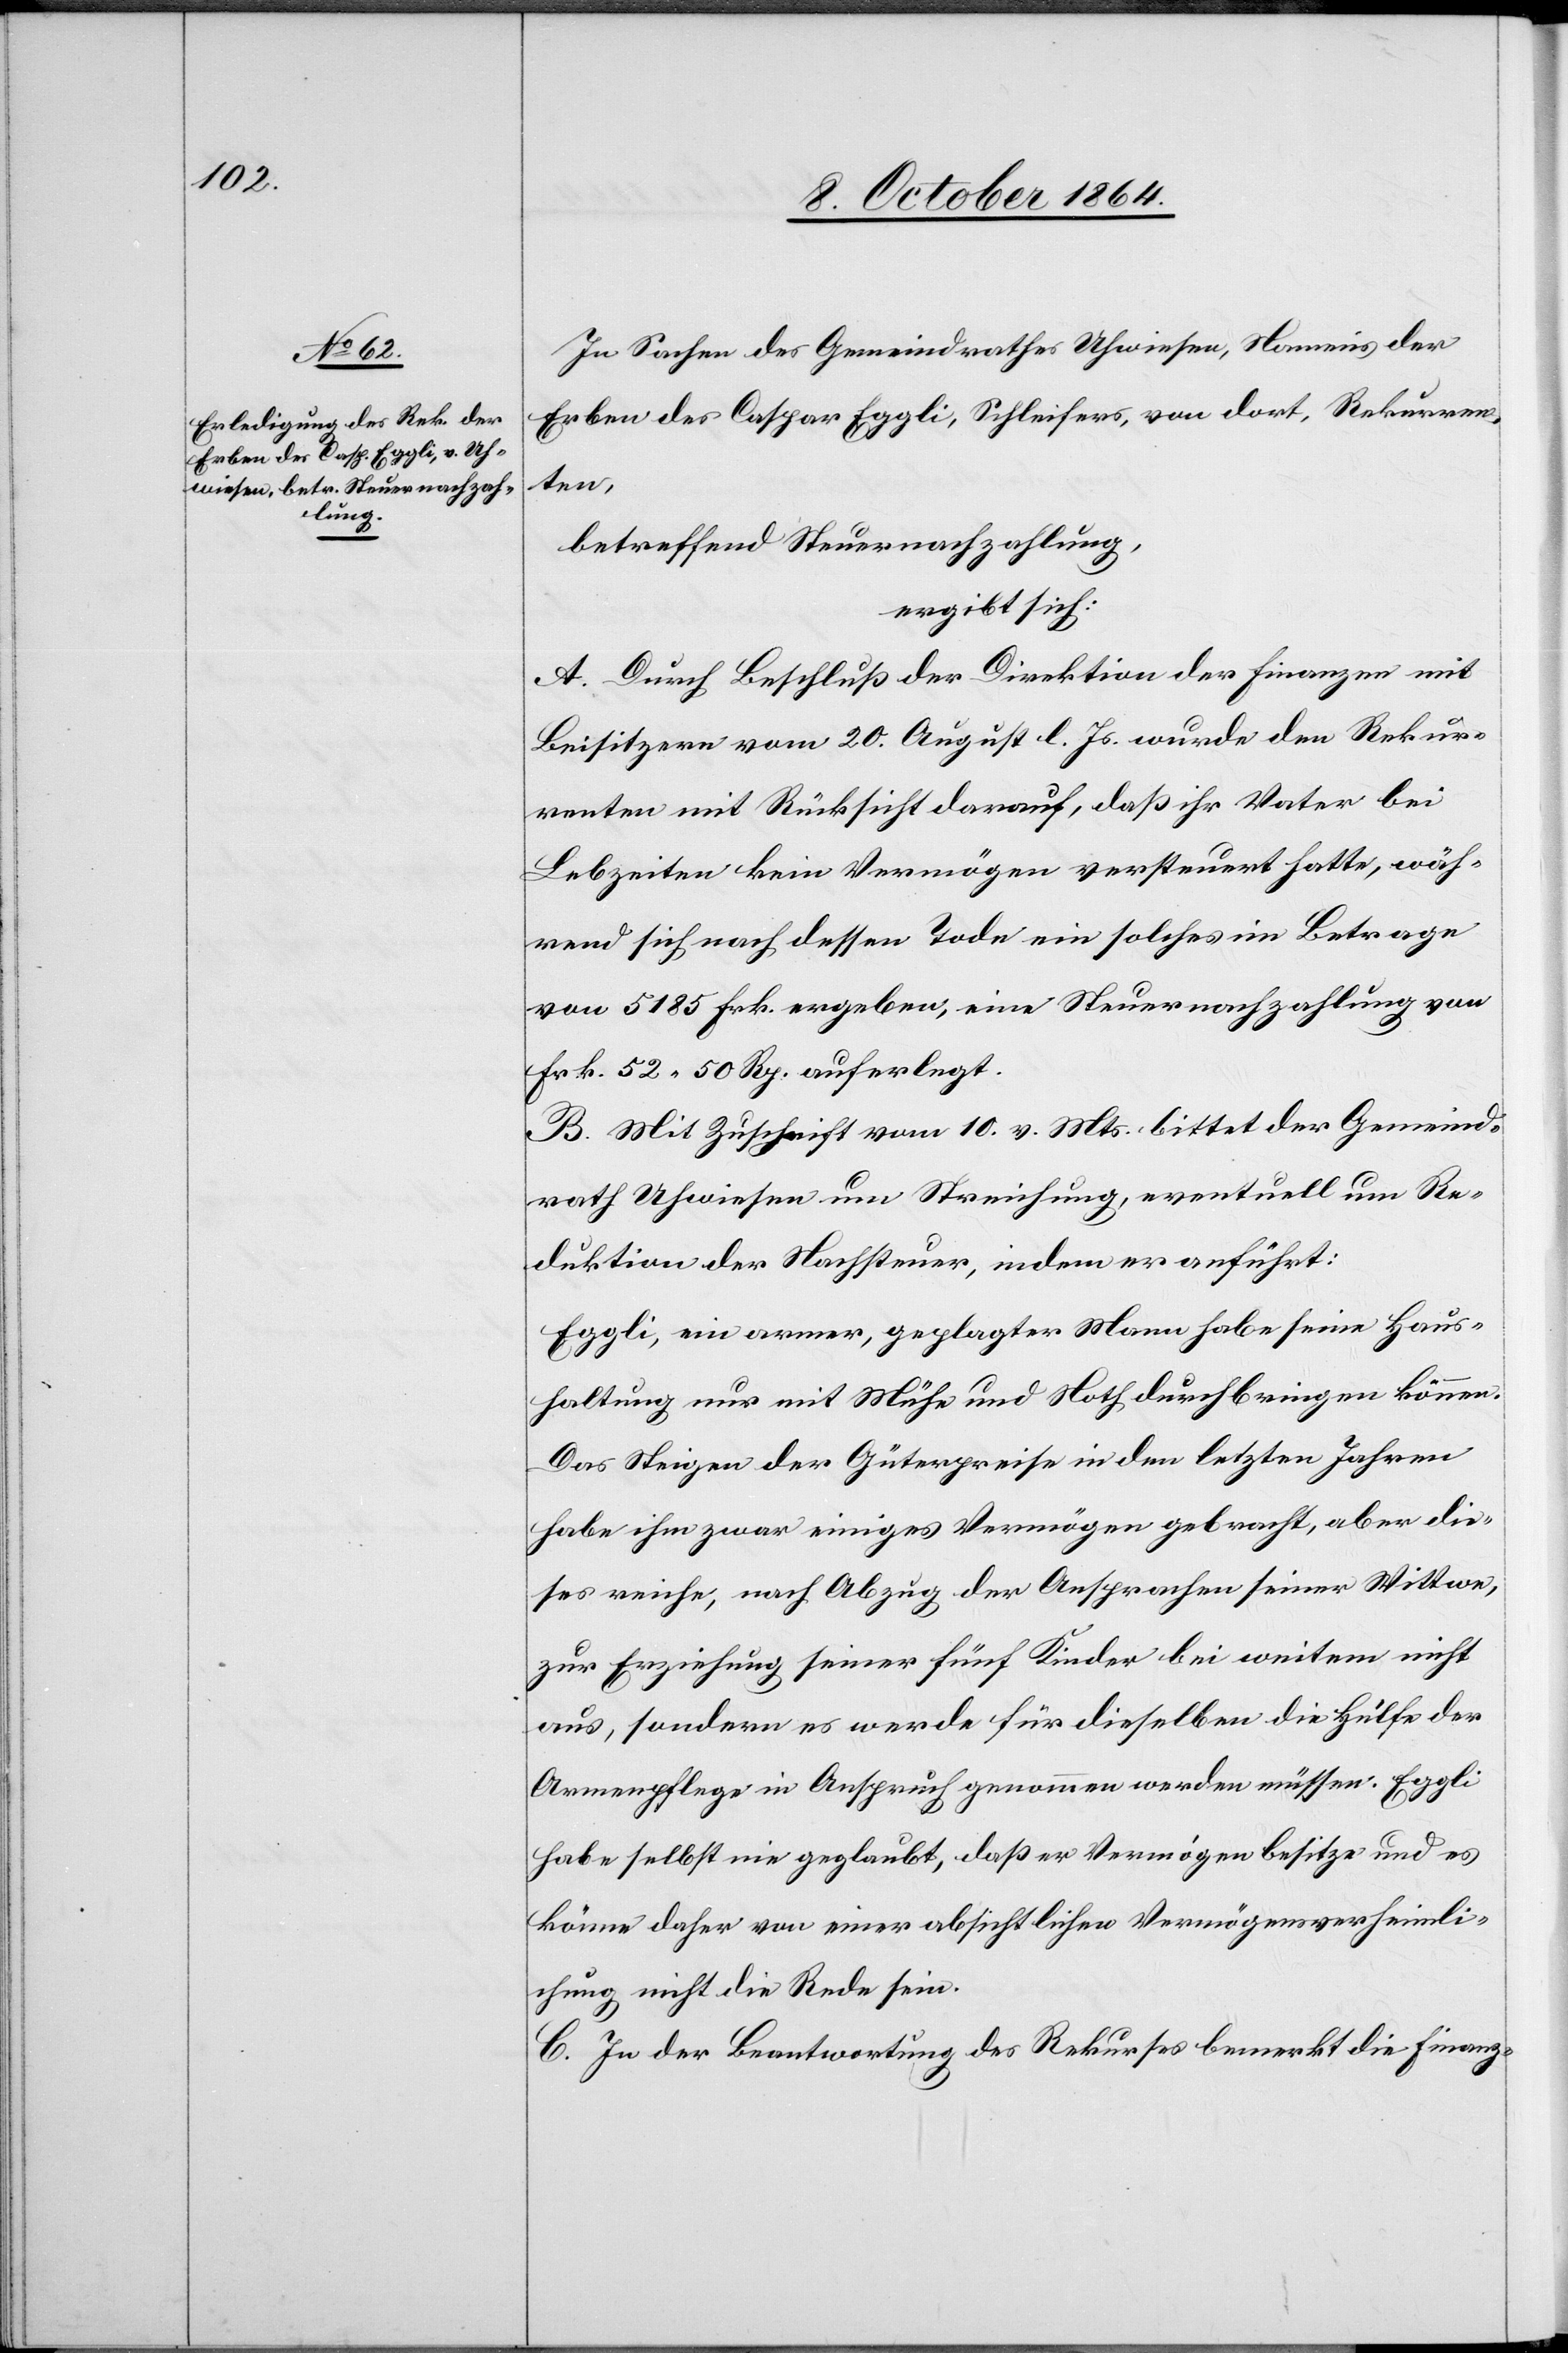
In Sachen des Gemeindrathes Uhwiesen, Namens der
Erben des Caspar Eggli, Schleifers, von dort, Rekurren¬
ten,
betreffend Steuernachzahlung,
ergibt sich:
A. Durch Beschluß der Direktion der Finanzen mit
Beisitzern vom 20. August l. Js. wurde den Rekur¬
renten mit Rücksicht darauf, daß ihr Vater bei
Lebzeiten kein Vermögen versteuert hatte, wäh¬
rend sich nach dessen Tode ein solches im Betrage
von 5185 Frk. ergeben, eine Steuernachzahlung von
Frk. 52.50 Rp. auferlegt.
B. Mit Zuschrift vom 10. v. Mts. bittet der Gemeind¬
rath Uhwiesen um Streichung, eventuell um Re¬
duktion der Nachsteuer, indem er anführt:
Eggli, ein armer, geplagter Mann habe seine Haus¬
haltung nur mit Mühe und Noth durchbringen können.
Das Steigen der Güterpreise in den letzten Jahren
habe ihm zwar einiges Vermögen gebracht, aber die¬
ses reiche, nach Abzug der Ansprachen seiner Wittwe,
zur Erziehung seiner fünf Kinder bei weitem nicht
aus, sondern es werde für dieselben die Hülfe der
Armenpflege in Anspruch genommen werden müssen. Eggli
habe selbst nie geglaubt, daß er Vermögen besitze und es
könne daher von einer absichtlichen Vermögensverheimli¬
chung nicht die Rede sein.
C. In der Beantwortung des Rekurses bemerkt die Finanz-